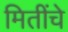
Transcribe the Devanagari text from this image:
मितींचे